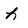
Character: h